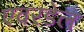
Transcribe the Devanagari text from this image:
एवरडेल